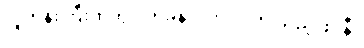
လူတန်းကြီးထဲတွင် ကခုန်လိုက်ပါလာ သည့် ဖဲင်နီ။